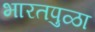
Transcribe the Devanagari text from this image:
भारतपुळा